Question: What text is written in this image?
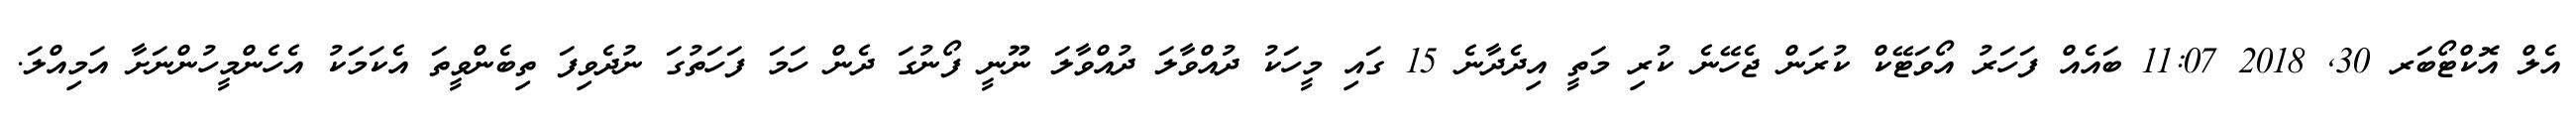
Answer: އެލް އޮކްޓޯބަރ 30, 2018 11:07 ބައެއް ފަހަރު އޯވަޓޭކް ކުރަން ޖެހޭނެ ކުރި މަތީ އިދެދާނެ 15 ގައި މީހަކު ދުއްވާލަ ދުއްވާލަ ނޫނީ ފޯނުގަ ދެން ހަމަ ފަހަތުގަ ނުދެވިފަ ތިބެންވީތަ އެކަމަކު އެހެންމީހުންނަށާ އަމިއްލަ.